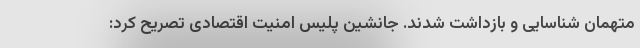
متهمان شناسایی و بازداشت شدند. جانشین پلیس امنیت اقتصادی تصریح کرد: